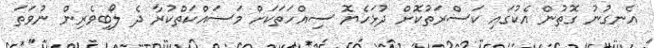
އެނގުނު ގޮތުން އެކުގައި ކަސްރަތުކޮށް ދުޅަހެޔޮ ސިއްހަތަކަށް މަސައްކަތްކުރާ ދެ ލޯބިވެރިން ނުވަތަ